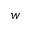
w